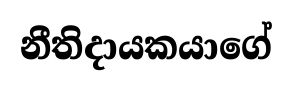
නීතිදායකයාගේ